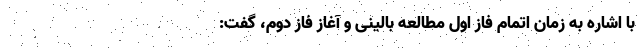
با اشاره به زمان اتمام فاز اول مطالعه بالینی و آغاز فاز دوم، گفت: